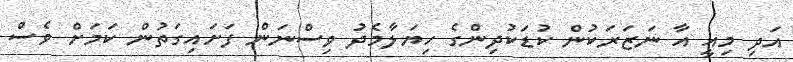
އަދި މިއީ އާ ނަޒަރަކުން ކުޑަކުދިންގެ ހިޔަލާމެދު ވިސްނަން ފަށައިގަތުން ކަމަށް ވެސް